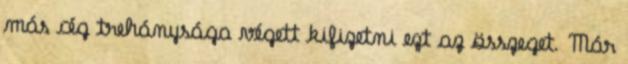
más cég trehánysága végett kifizetni ezt az összeget. Már